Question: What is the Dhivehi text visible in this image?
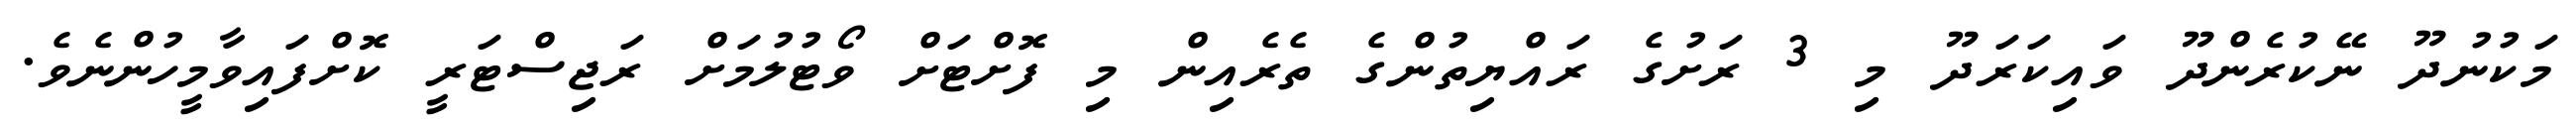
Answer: މަކުނުދޫ ނޭކުރެންދޫ ވައިކަރަދޫ މި 3 ރަށުގެ ރައްޔިތުންގެ ތެރެއިން މި ފޮށްޓަށް ވޯޓުލުމަށް ރަޖިސްޓަރީ ކޮށްފައިވާމީހުންނެވެ.